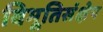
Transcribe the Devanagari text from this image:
विभूतिसंक्षेप